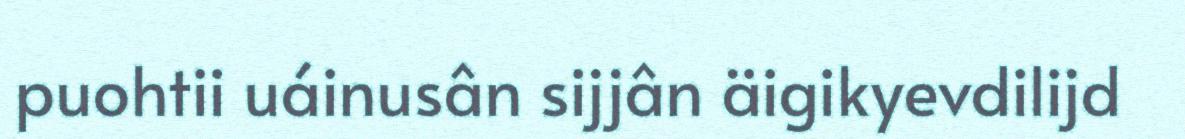
puohtii uáinusân sijjân äigikyevdilijd